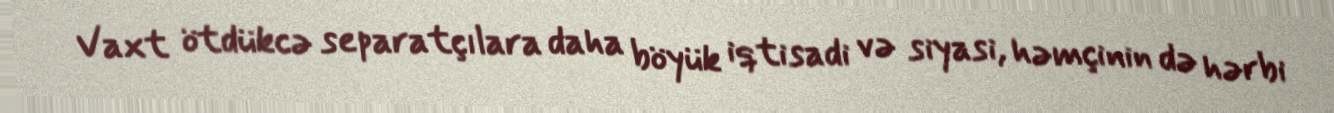
Vaxt ötdükcə separatçılara daha böyük iqtisadi və siyasi, həmçinin də hərbi